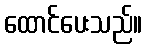
ထောင်ပေးသည်။